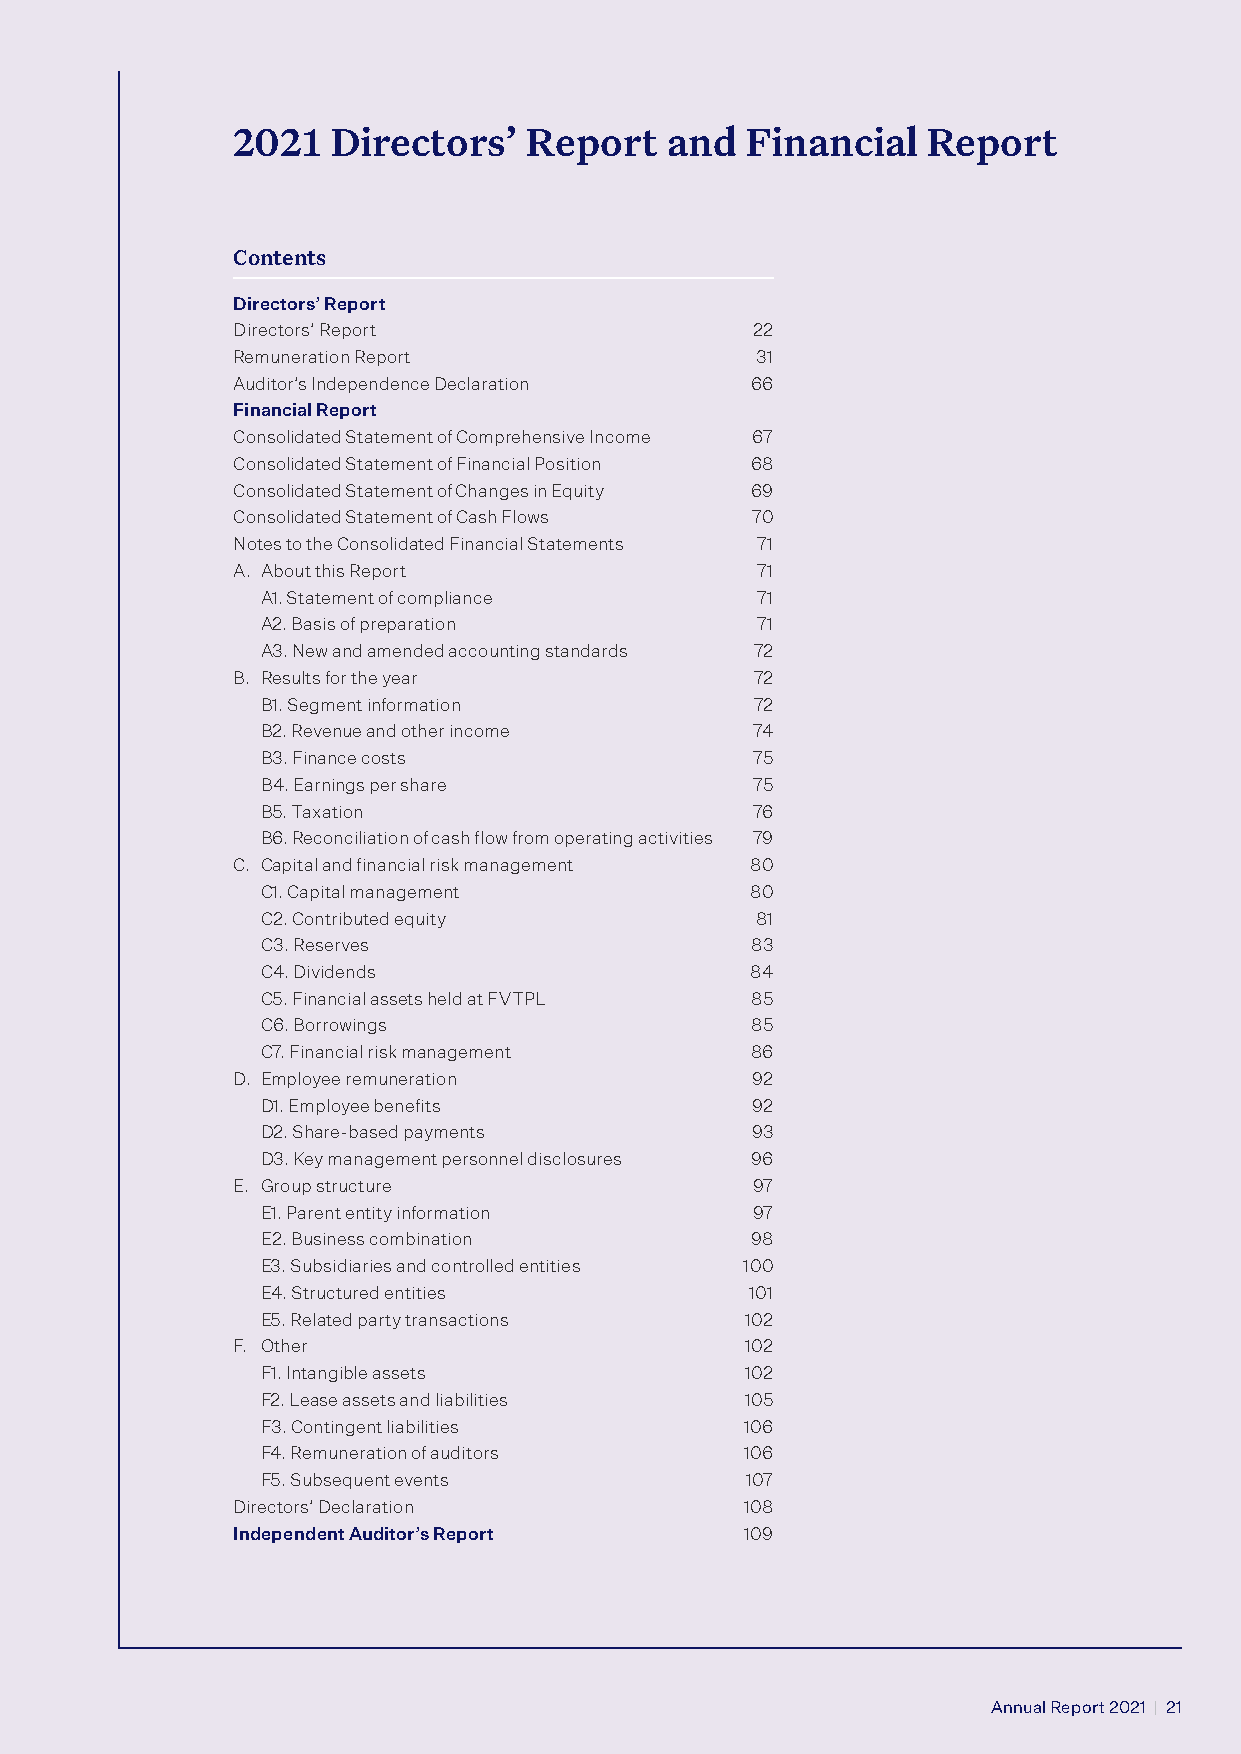
2021   Directors’   Report   and  Financial   Report
 Contents
 Directors’ Report
 Directors’ Report                  22
 Remuneration Report                31
 Auditor’s Independence Declaration 66
 Financial Report
 Consolidated Statement of Comprehensive Income 67
 Consolidated Statement of Financial Position 68
 Consolidated Statement of Changes in Equity 69
 Consolidated Statement of Cash Flows 70
 Notes to the Consolidated Financial Statements 71
 A. About this Report               71
 A1. Statement of compliance      71
 A2. Basis of preparation         71
 A3. New and amended accounting standards 72
 B. Results for the year            72
 B1. Segment information          72
 B2. Revenue and other income     74
 B3. Finance costs                75
 B4. Earnings per share           75
 B5. Taxation                     76
 B6. Reconciliation of cash flow from operating activities 79
 C. Capital and financial risk management 80
 C1. Capital management           80
 C2. Contributed equity           81
 C3. Reserves                     83
 C4. Dividends                    84
 C5. Financial assets held at FVTPL 85
 C6. Borrowings                   85
 C7. Financial risk management    86
 D. Employee remuneration           92
 D1. Employee benefits            92
 D2. Share-based payments         93
 D3. Key management personnel disclosures 96
 E. Group structure                 97
 E1. Parent entity information    97
 E2. Business combination         98
 E3. Subsidiaries and controlled entities 100
 E4. Structured entities          101
 E5. Related party transactions  102
 F. Other                          102
 F1. Intangible assets           102
 F2. Lease assets and liabilities 105
 F3. Contingent liabilities      106
 F4. Remuneration of auditors    106
 F5. Subsequent events           107
 Directors’ Declaration            108
 Independent Auditor’s Report      109
 Annual Report 2021 | 21